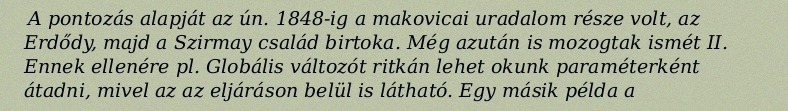
A pontozás alapját az ún. 1848-ig a makovicai uradalom része volt, az Erdődy, majd a Szirmay család birtoka. Még azután is mozogtak ismét II. Ennek ellenére pl. Globális változót ritkán lehet okunk paraméterként átadni, mivel az az eljáráson belül is látható. Egy másik példa a